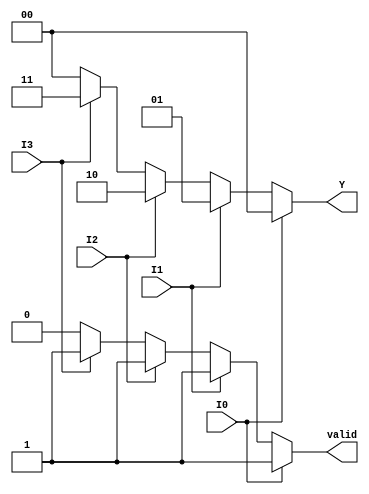
module priority_encoder (
    input wire I0,  // Highest priority input
    input wire I1,
    input wire I2,
    input wire I3,  // Lowest priority input
    output reg [1:0] Y,  // 2-bit output for binary representation
    output reg valid  // Valid output signal
);

always @(*) begin
    // Default values
    Y = 2'b00;  // Default output when no inputs are active
    valid = 1'b0;  // Default valid signal

    // Priority encoding logic
    if (I0) begin
        Y = 2'b00;  // Output for I0
        valid = 1'b1;  // At least one input is active
    end else if (I1) begin
        Y = 2'b01;  // Output for I1
        valid = 1'b1;
    end else if (I2) begin
        Y = 2'b10;  // Output for I2
        valid = 1'b1;
    end else if (I3) begin
        Y = 2'b11;  // Output for I3
        valid = 1'b1;
    end
end

endmodule